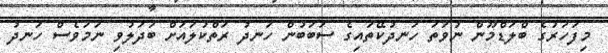
މިފަހަރުގެ ބްލަޑްމޫން ނުވަތަ ހަނދުކޭތައިގެ ސަބަބުން ހަނދު ރަތްކުލައަށް ބަދަލުވި ނަމަވެސް ހަނދު